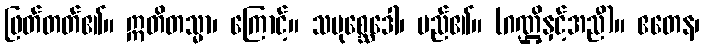
ဖြတ်တတ်၏။ ဣတိတသ္မာ၊ ကြောင့်။ သမုစ္ဆေဒေါ၊ မည်၏။ (ဂဏ္ဌိနှင့်အညီ)။ ဧတေန၊